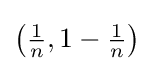
{\textstyle \left({\frac {1}{n}},1-{\frac {1}{n}}\right)}